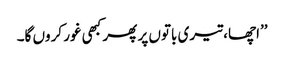
’’اچھا، تیری باتوں پر پھر کبھی غور کروں گا۔